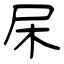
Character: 杘